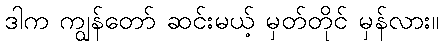
ဒါက ကျွန်တော် ဆင်းမယ့် မှတ်တိုင် မှန်လား။